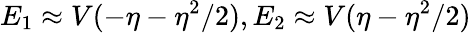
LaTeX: E_{1}\approx V(-\eta-\eta^{2}/2),E_{2}\approx V(\eta-\eta^{2}/2)